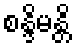
စန္ဒိမန္တိ